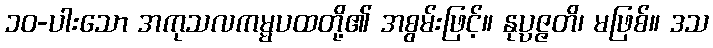
၁၀-ပါးသော အကုသလကမ္မပထတို့၏ အစွမ်းဖြင့်။ နုပ္ပဇ္ဇတိ၊ မဖြစ်။ ဒသ